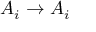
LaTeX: A _ { i } \to A _ { i }